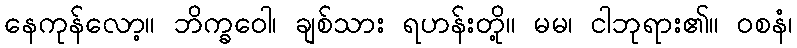
နေကုန်လော့။ ဘိက္ခဝေါ၊ ချစ်သား ရဟန်းတို့။ မမ၊ ငါဘုရား၏။ ဝစနံ၊